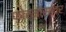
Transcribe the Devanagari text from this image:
फोर्मोसावर